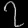
Digit: ၇